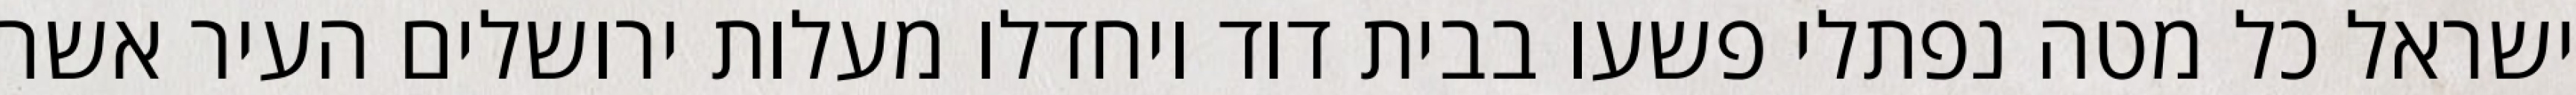
ישראל כל מטה נפתלי פשעו בבית דוד ויחדלו מעלות ירושלים העיר אשר